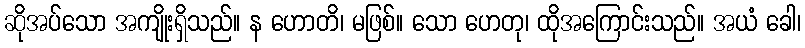
ဆိုအပ်သော အကျိုးရှိသည်။ န ဟောတိ၊ မဖြစ်။ သော ဟေတု၊ ထိုအကြောင်းသည်။ အယံ ခေါ၊